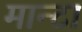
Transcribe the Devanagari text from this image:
मान्टा